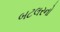
બટલરનો